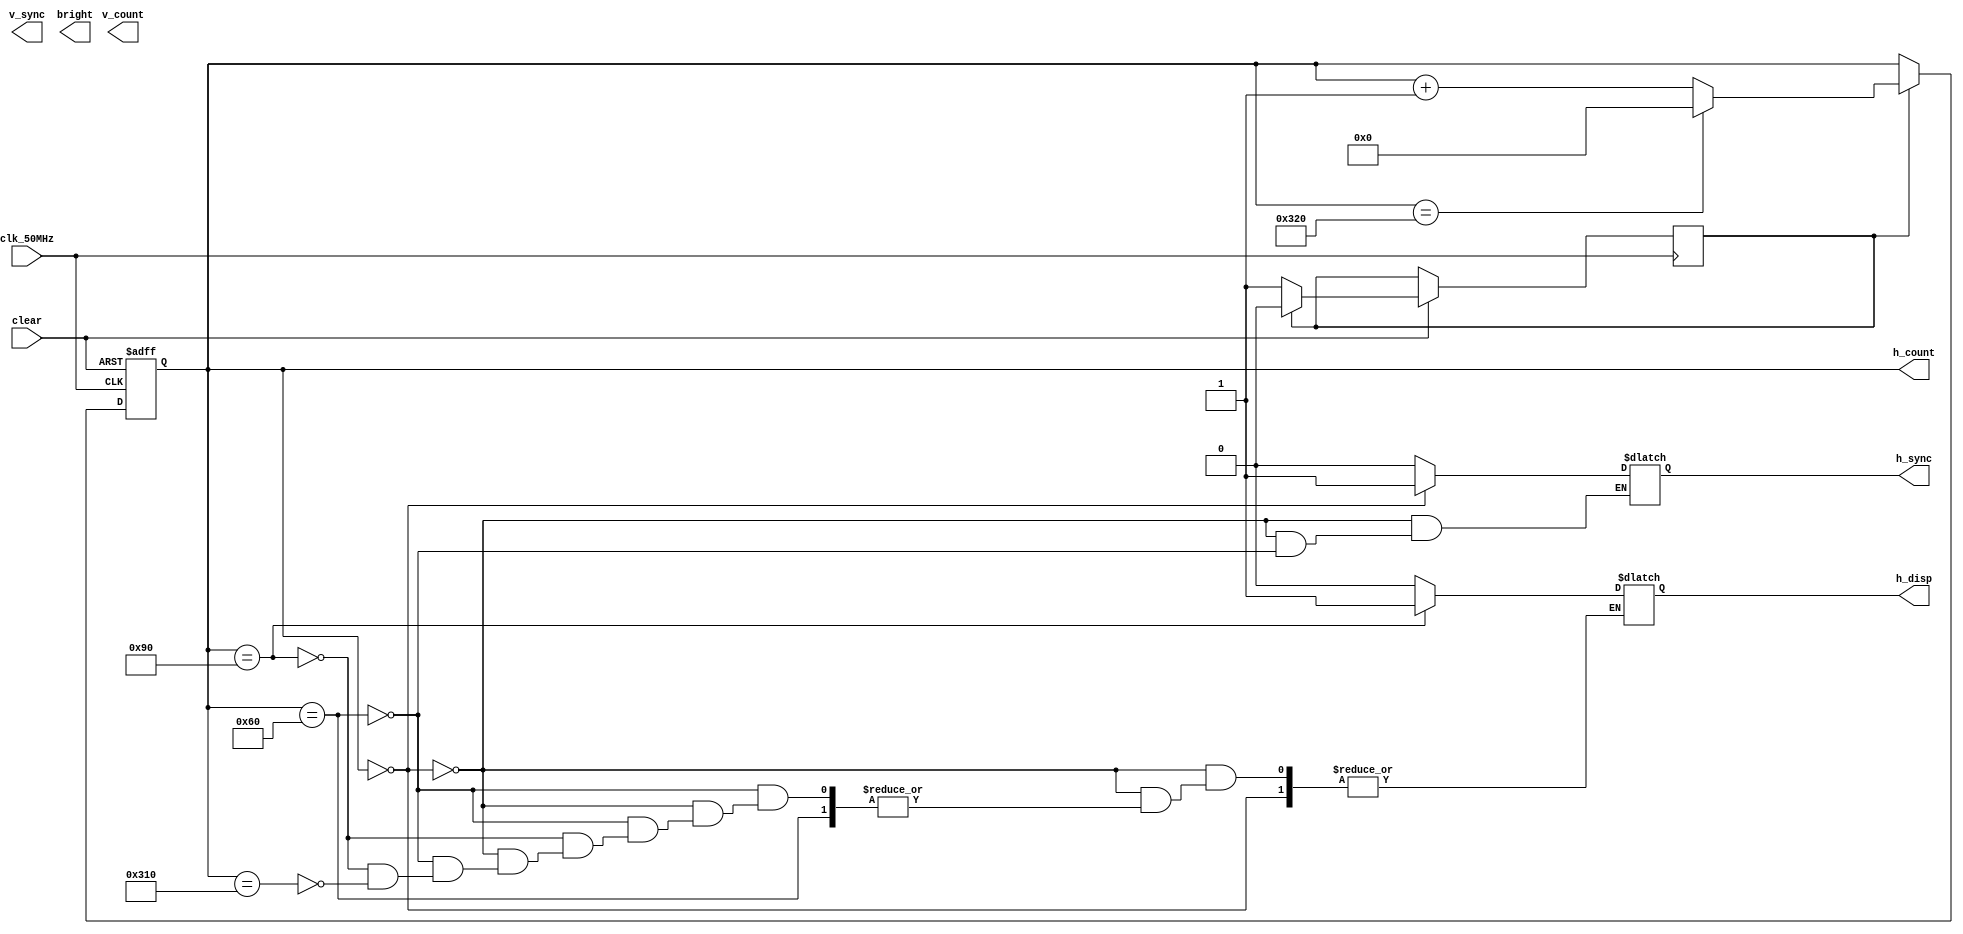
module vga #(parameter H_RES = 640, V_RES = 480)(
		input clk_50MHz, clear,
		output reg h_sync, v_sync, bright, h_disp,
		output reg [9 : 0] h_count, v_count
	);
	
	parameter h_ts 	= 800;
	parameter h_tdisp = 640;
	parameter h_tpw 	= 96;
	parameter h_tfp 	= 16;
	parameter h_tbp 	= 48;
	
	reg flippy = 0;
	
	always @(negedge clear, posedge clk_50MHz)
	begin
		if(~clear) h_count = 0;
		else if(flippy)
			begin
				flippy = 0;
				if (h_count == h_tpw + h_tbp + h_tdisp + h_tfp) h_count = 0;
				else h_count = h_count + 1;
			end
		else flippy = 1;
	end
	
	always @(h_count)
	begin
		if(h_count == 0) h_sync = 1;
		else if (h_count == h_tpw) h_sync = 0;
		else if (h_count == h_tpw + h_tbp) h_disp = 1;
		else if (h_count == h_tpw + h_tbp + h_tdisp) h_disp = 0;
	end
	
endmodule